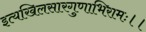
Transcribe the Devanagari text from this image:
इत्यखिलसारगुणाभिरामः।।